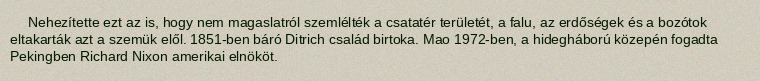
Nehezítette ezt az is, hogy nem magaslatról szemlélték a csatatér területét, a falu, az erdőségek és a bozótok eltakarták azt a szemük elől. 1851-ben báró Ditrich család birtoka. Mao 1972-ben, a hidegháború közepén fogadta Pekingben Richard Nixon amerikai elnököt.